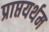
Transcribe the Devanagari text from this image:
प्राप्तयर्थम